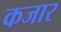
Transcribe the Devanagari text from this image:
कजार